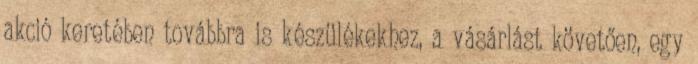
akció keretében továbbra is készülékekhez, a vásárlást követően, egy